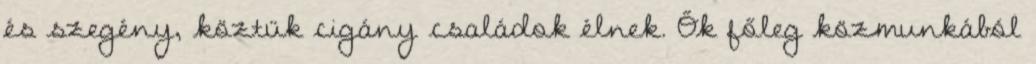
és szegény, köztük cigány családok élnek. Ők főleg közmunkából